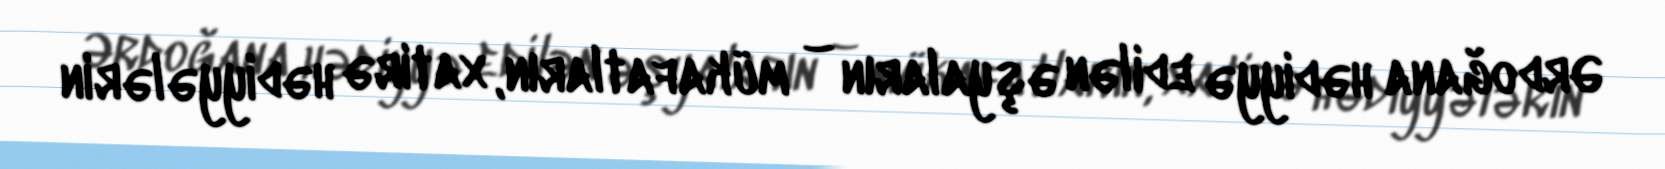
Ərdoğana hədiyyə edilən əşyaların – mükafatların, xatirə hədiyyələrin